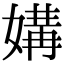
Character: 媾